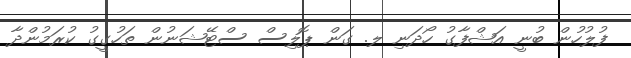
ފުލުހުން ބުނީ އަޝްފާގު ހޯދަނި ލ. ގަން ޕޮލިސް ސްޓޭޝަނުން ތަހުގީގު ކުރަމުންދާ